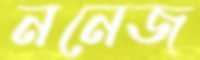
ননেজ